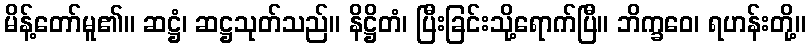
မိန့်တော်မူ၏။ ဆဋ္ဌံ၊ ဆဋ္ဌသုတ်သည်။ နိဋ္ဌိတံ၊ ပြီးခြင်းသို့ရောက်ပြီ။ ဘိက္ခဝေ၊ ရဟန်းတို့။